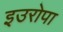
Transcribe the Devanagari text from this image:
इउरोपा